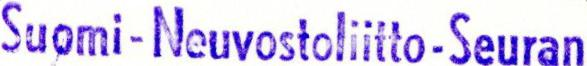
Suomi-Neuvostolitto-Seuran